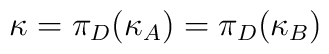
\kappa=\pi_D(\kappa_A)=\pi_D(\kappa_B)